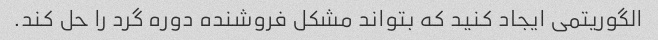
الگوریتمی ایجاد کنید که بتواند مشکل فروشنده دوره گرد را حل کند.